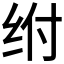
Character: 𰬅